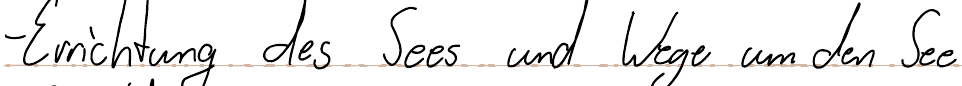
- Errichtung des Sees und Wege um den See